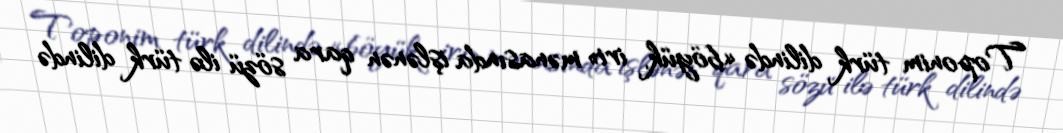
Toponim türk dilində «böyük, iri» mənasında işlənən qara sözü ilə türk dilində